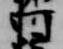
河